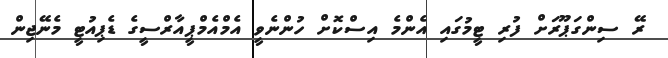
ރޭ ސިންގަޕޫރަށް ފުރި ޓީމުގައި އެންމެ އިސްކޮށް ހުންނެވީ އެމްއެމްޕީއާރްސީގެ ޑެޕިއުޓީ މެނޭޖިން